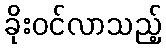
ခိုးဝင်လာသည့်